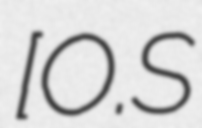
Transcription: [O.S